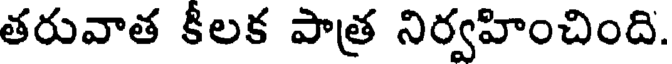
తరువాత కీలక పాత్ర నిర్వహించింది.